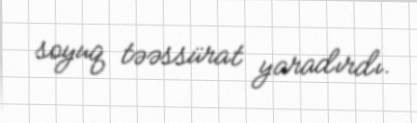
soyuq təəssürat yaradırdı.